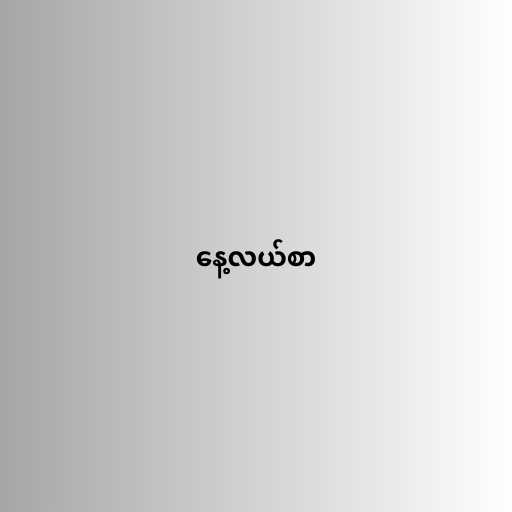
နေ့လယ်စာ